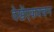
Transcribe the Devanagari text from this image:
देखेंएकवचन